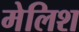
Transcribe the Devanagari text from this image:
मेलिश